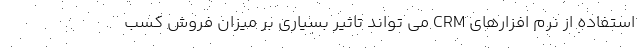
استفاده از نرم افزارهای CRM می تواند تاثیر بسیاری بر میزان فروش کسب